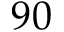
9 0